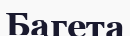
Багета